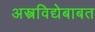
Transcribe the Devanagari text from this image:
अस्त्रविद्येबाबत